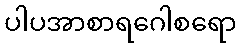
ပါပအာစာရဂေါစရော